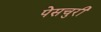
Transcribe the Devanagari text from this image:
पेसचुरी